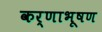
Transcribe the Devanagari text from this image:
कर्णाभूषण